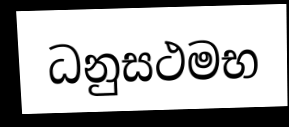
ධනුසථමභ